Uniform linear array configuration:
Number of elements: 16
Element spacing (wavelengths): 1
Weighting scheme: hann
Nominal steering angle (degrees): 30
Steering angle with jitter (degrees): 28.011
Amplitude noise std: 0.05
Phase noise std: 0.05

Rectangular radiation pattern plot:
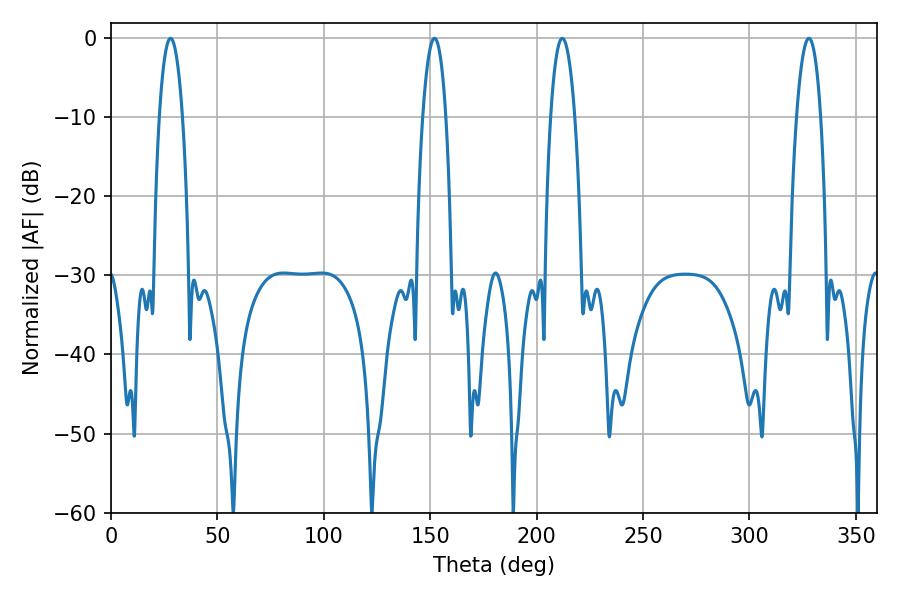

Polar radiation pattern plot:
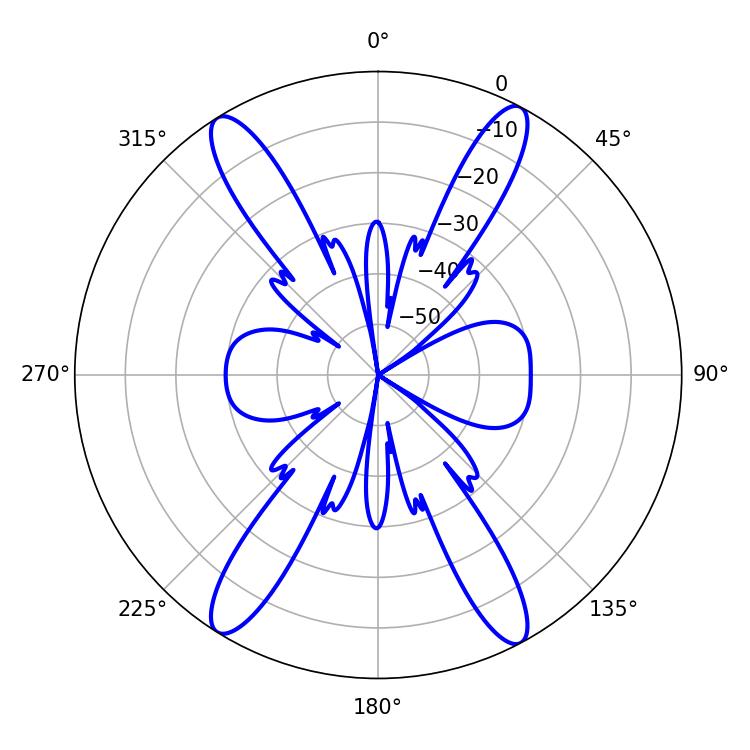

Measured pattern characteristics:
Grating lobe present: TRUE
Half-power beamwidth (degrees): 6.3
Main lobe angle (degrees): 212.04